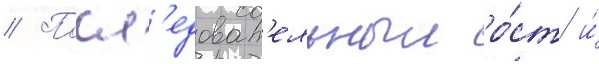
// Посл'едоват'ельныи ро́ст и́